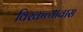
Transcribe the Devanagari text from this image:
विरकच्यावास